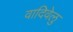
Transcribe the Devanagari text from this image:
वादिवेलु